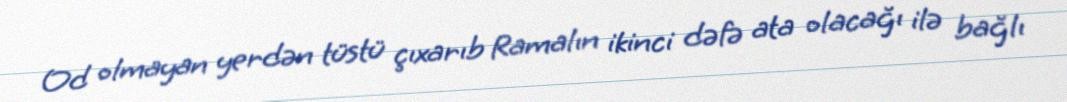
Od olmayan yerdən tüstü çıxarıb Ramalın ikinci dəfə ata olacağı ilə bağlı